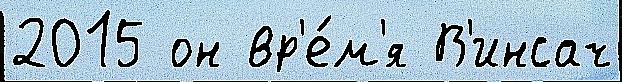
2015 он вр'е́м'я В'инсач